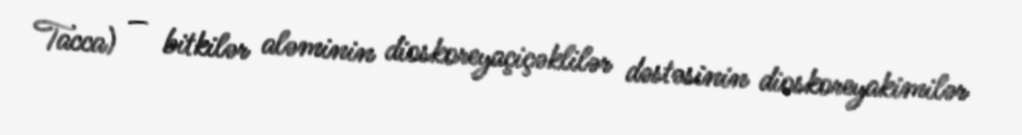
Tacca) — bitkilər aləminin dioskoreyaçiçəklilər dəstəsinin dioskoreyakimilər